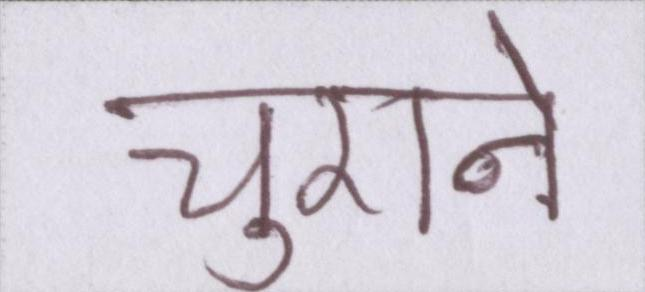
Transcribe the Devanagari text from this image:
चुराने